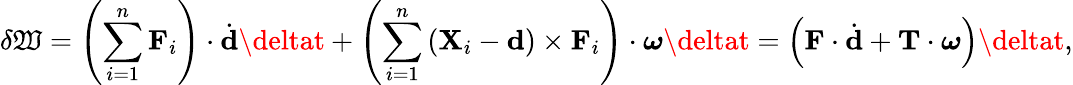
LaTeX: \delta\mathfrak{W}=\left(\sum_{i=1}^{n}\mathbf{{F}}_{i}\right)\cdot{\dot{{\mathbf{{d}}}}}\deltat+\left(\sum_{i=1}^{n}\left(\mathbf{{X}}_{i}-\mathbf{{d}}\right)\times\mathbf{{F}}_{i}\right)\cdot{\boldsymbol{\omega}}\deltat=\left(\mathbf{{F}}\cdot{\dot{{\mathbf{{d}}}}}+\mathbf{{T}}\cdot{\boldsymbol{\omega}}\right)\deltat,